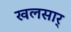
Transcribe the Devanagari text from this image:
खलसार्